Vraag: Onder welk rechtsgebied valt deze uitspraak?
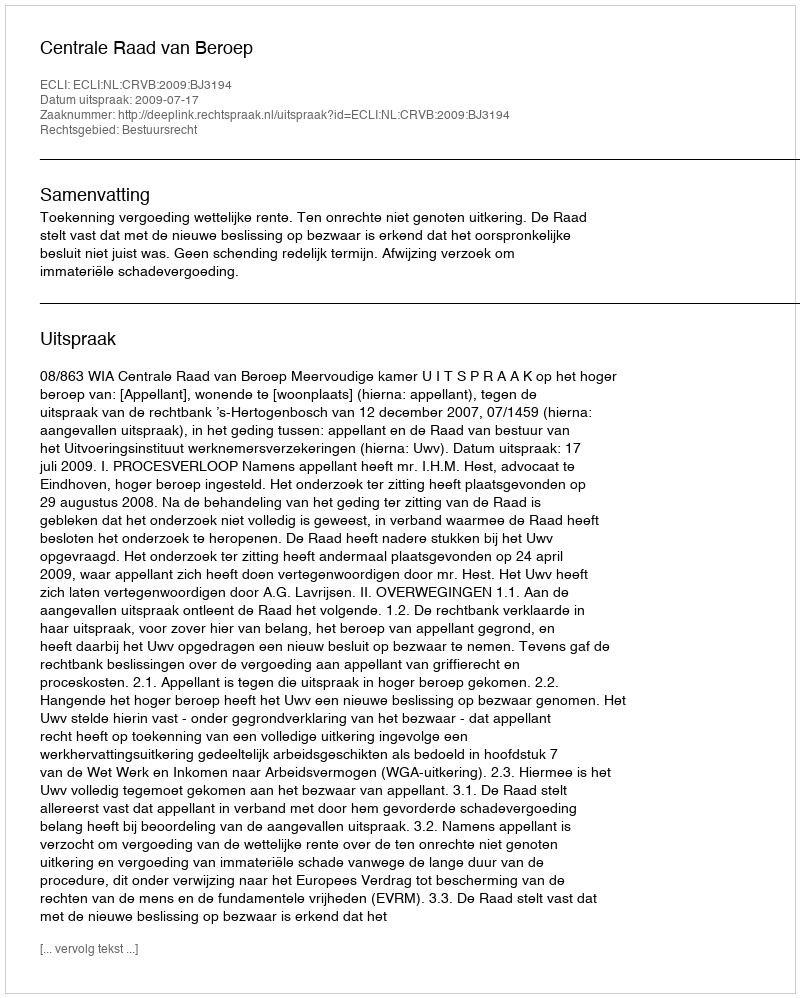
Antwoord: Bestuursrecht